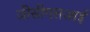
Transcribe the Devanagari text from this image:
जीसीएसआई